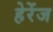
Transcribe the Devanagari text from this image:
हेरेंज